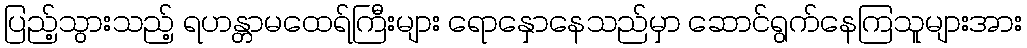
ပြည့်သွားသည့် ရဟန္တာမထေရ်ကြီးများ ရောနှောနေသည်မှာ ဆောင်ရွက်နေကြသူများအား